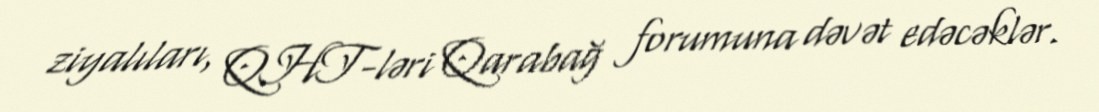
ziyalıları, QHT-ləri Qarabağ forumuna dəvət edəcəklər.